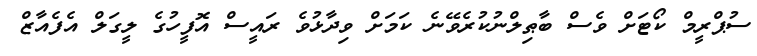
ސުޕްރީމް ކޯޓަށް ވެސް ބާޠިލްނުކުރެވޭނެ ކަމަށް ވިދާޅުވެ ރައީސް އޮފީހުގެ ލީގަލް އެފެއާޒް